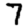
Digit: 7